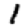
Digit: 1